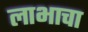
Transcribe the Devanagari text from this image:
लाभाचा